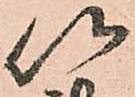
以